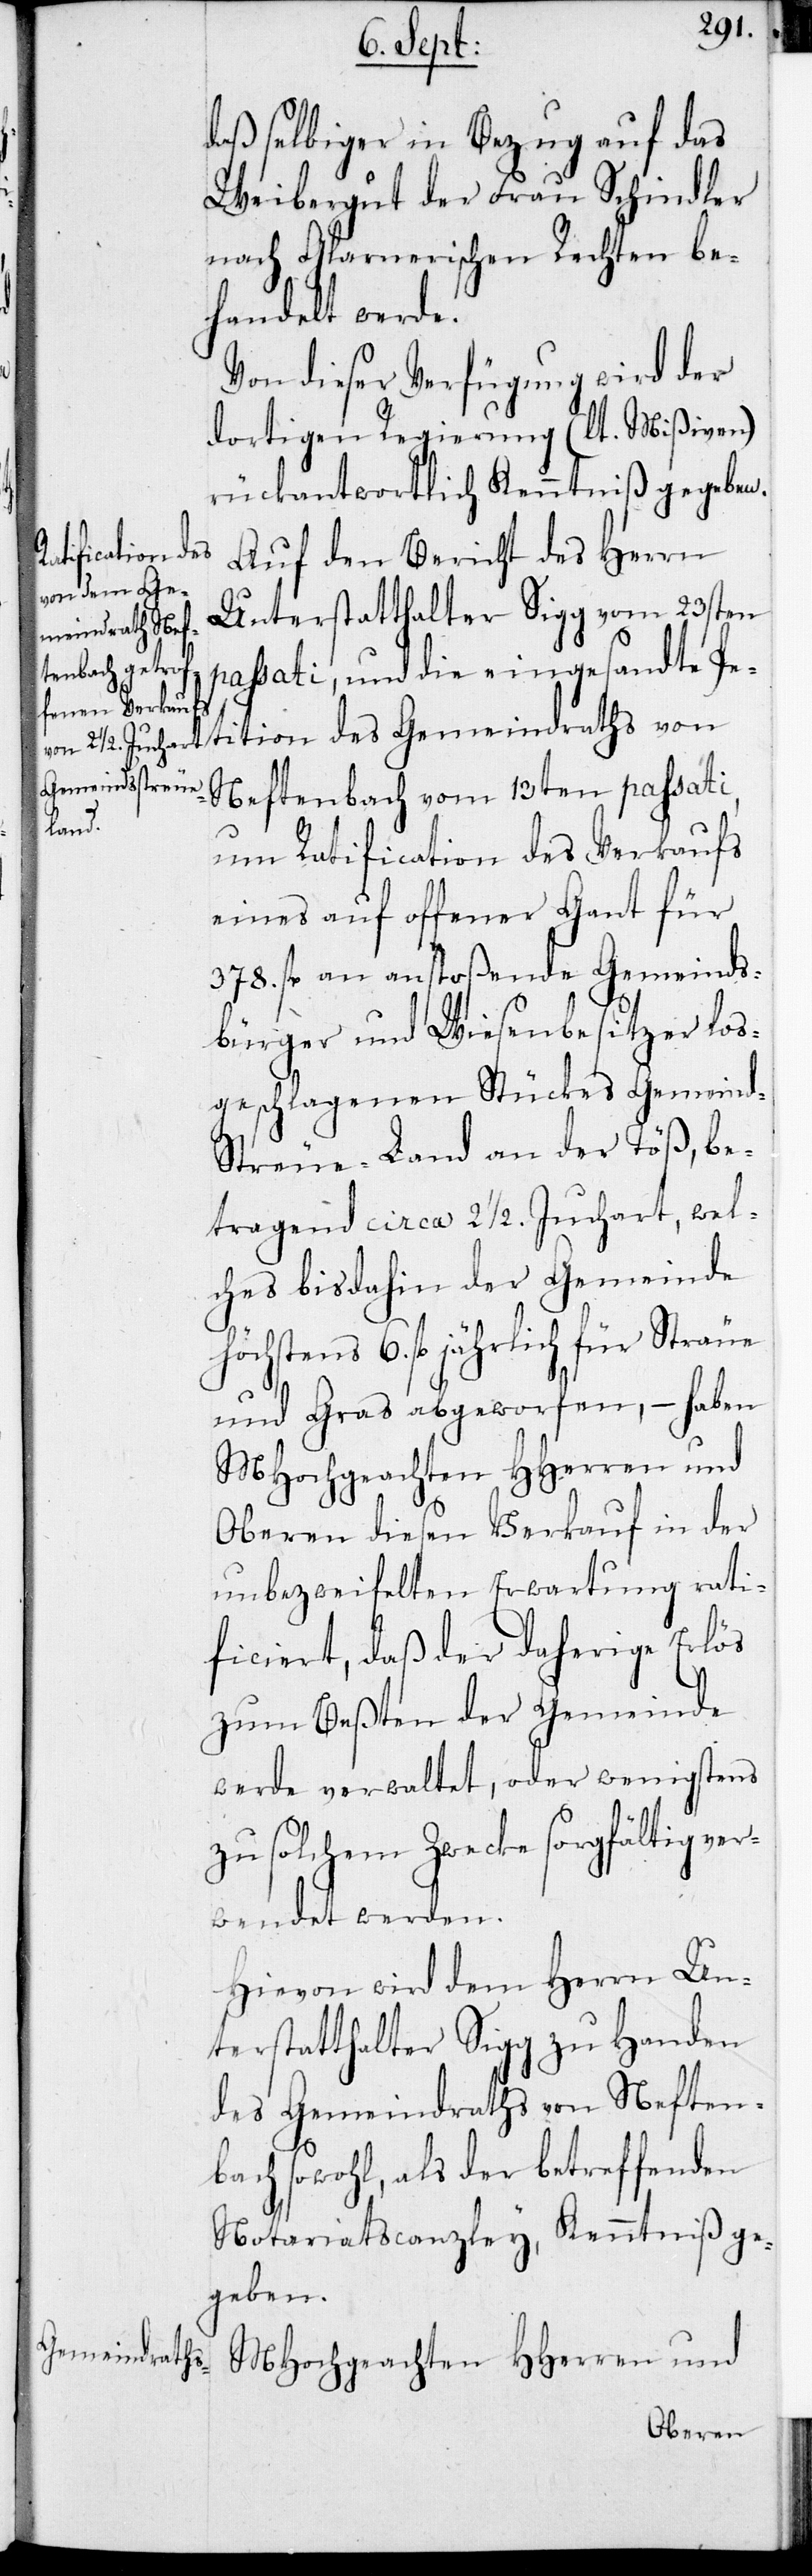
daß selbiger in Bezug auf das
Weibergut der Frau Schindler
nach Glarnerischen Rechten be¬
handelt werde.
Von dieser Verfügung wird der
dortigen Regierung (lt. Mißiven)
rückantwortlich Kenntniß gegeben.
tition des
Auf den Bericht des Herrn
Unterstatthalter Sigg vom 23sten
passati, und die eingesandte Pe¬
Neftenbach vom 13ten passati,
um Ratification des Verkaufs
eines auf offener Gant für
378. fl. an anstoßende Gemeinds¬
bürger und Wiesenbesitzer los¬
geschlagenen Stückes Gemeind-S¬
treue-Land an der Töß, be¬
tragend ca. 2 ½. Juchart, wel¬
ches bisdahin der Gemeinde
höchstens 6 fl. jährlich für Sträue
und Gras abgeworfen, – haben
MHochgeachten HHerren und
Oberen diesen Verkauf in der
unbezweifelten Erwartung rati¬
ficiert, daß der daherige Erlös
zum Beßten der Gemeinde
werde verwaltet, oder wenigstens
zu solchem Zwecke sorgfältig ver¬
wendet werden.
Hievon wird dem Herrn Un¬
terstatthalter Sigg zu Handen
des Gemeindraths von Neften¬
bach sowohl, als der betreffenden
Notariatscanzley Kenntniß ge¬
geben.
MHochgeachten HHerren und

Gemeindraths